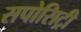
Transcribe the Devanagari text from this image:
सपोसिट्री